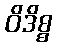
ဝိဒိစ္စ